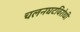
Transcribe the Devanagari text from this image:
चलनघटविरोधी